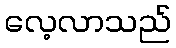
လေ့လာသည်